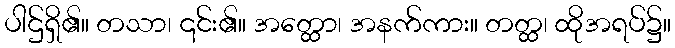
ပါဌ်ရှိ၏။ တသာ၊ ၎င်း၏။ အတ္ထော၊ အနက်ကား။ တတ္ထ၊ ထိုအရပ်၌။